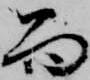
而